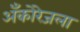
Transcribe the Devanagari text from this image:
अँकोरेजला